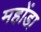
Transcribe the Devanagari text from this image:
महोंडा